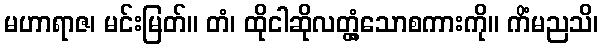
မဟာရာဇ၊ မင်းမြတ်။ တံ၊ ထိုငါဆိုလတ္တံ့သောစကားကို။ ကိံမညသိ၊